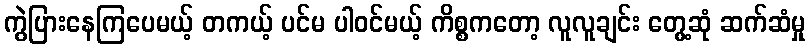
ကွဲပြားနေကြပေမယ့် တကယ့် ပင်မ ပါဝင်မယ့် ကိစ္စကတော့ လူလူချင်း တွေ့ဆုံ ဆက်ဆံမှု